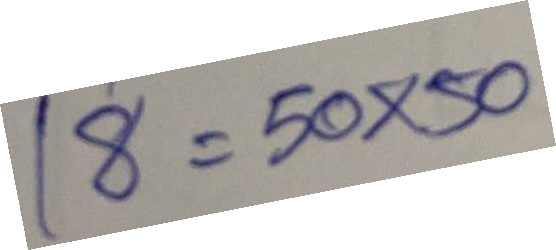
18 = 50x50